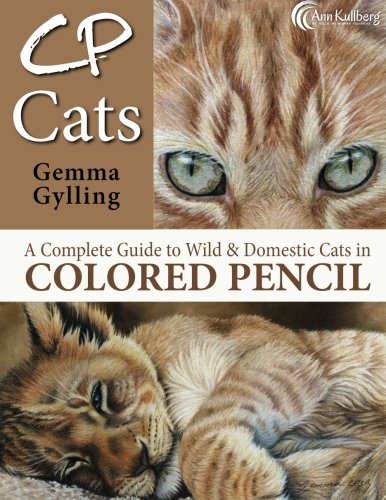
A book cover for CP Cats: A Complete Guide to Drawing Cats in Colored Pencil; Gemma Gylling; Arts & Photography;